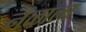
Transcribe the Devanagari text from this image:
नळाला